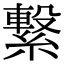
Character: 繋